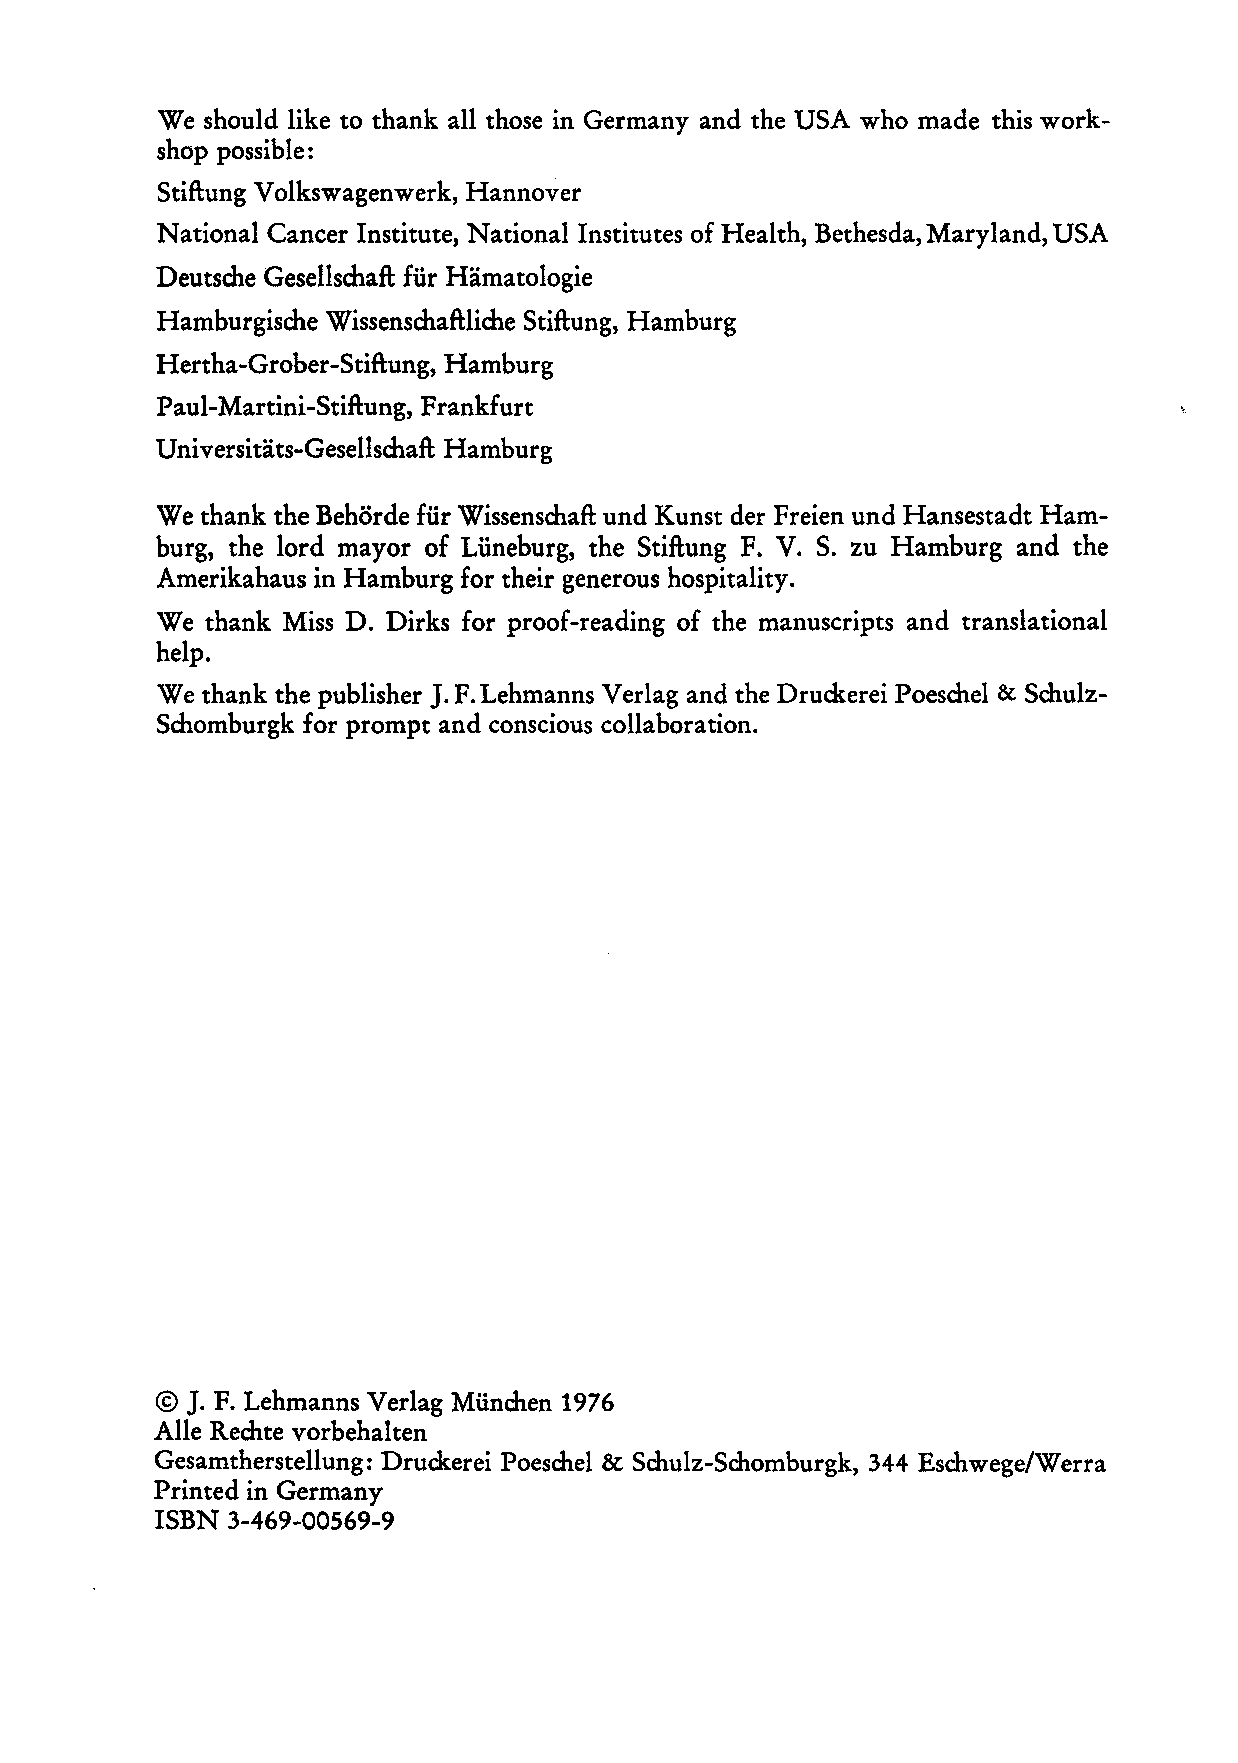
We should like to thank all those in Germany and the USA who made this work
 shop possible:
 Stiftung Volkswagenwerk, Hannover
 National Cancer Institute, National Institutes of Health, Bethesda, Maryland, USA
 Deutsche Gesellschaft für Hämatologie
 Hamburgische Wissenschaftliche Stiftung, Hamburg
 Hertha-Grober-Stiftung, Hamburg
 Paul-Martini-Stiftung, Frankfurt
 Universitäts-Gesellschaft Hamburg
 We thank the Behörde für Wissenschaft und Kunst der Freien und Hansestadt Ham
 burg, the lord mayor of Lüneburg, the Stiftung F. V. S. zu Hamburg and the
 Amerikahaus in Hamburg for their generous hospitality.
 We thank Miss D. Dirks for proof-reading of the manuscripts and translational
 help.
 J.
 We thank the publisher F. Lehmanns Verlag and the Druckerei Poeschel & Schulz
 Schomburgk for prompt and conscious collaboration.
 © J. F. Lehmanns Verlag München 1976
 Alle Rechte vorbehalten
 Gesamtherstellung: Druckerei Poeschel & Schulz-Schomburgk, 344 Eschwege/Werra
 Printed in Germany
 ISBN 3-469-00569-9